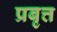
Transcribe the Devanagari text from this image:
प्रबृत्त